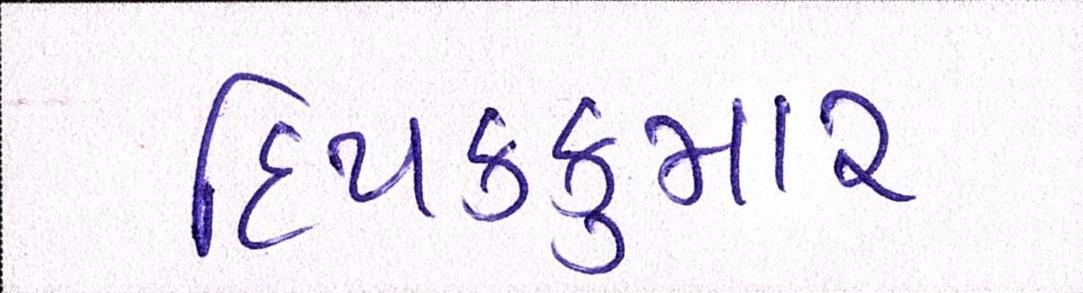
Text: દિપકકુમાર